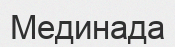
Мединада